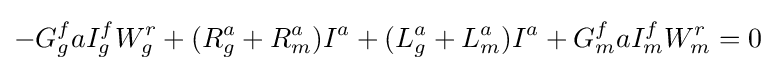
-G_{g}^{f}aI_{g}^{f}W_{g}^{r}+(R_{g}^{a}+R_{m}^{a})I^{a}+(L_{g}^{a}+L_{m}^{a})I^{a}+G_{m}^{f}aI_{m}^{f}W_{m}^{r}=0